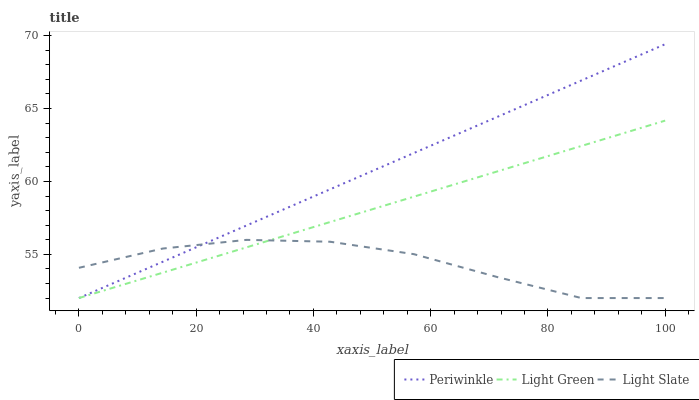
| xaxis_label | Periwinkle | Light Green | Light Slate |
 | --- | --- | --- | --- |
 | 0 | 52 | 52 | 54.1 |
 | 14.3 | 54.5 | 53.7 | 55.4 |
 | 28.6 | 57 | 55.5 | 56 |
 | 42.9 | 59.5 | 57.2 | 55.9 |
 | 57.1 | 62 | 59 | 55 |
 | 71.4 | 64.4 | 60.7 | 53.4 |
 | 85.7 | 66.9 | 62.4 | 52 |
 | 100 | 69.4 | 64.2 | 52 |